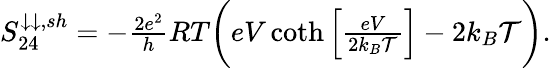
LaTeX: \begin{array}{r}{{S_{24}^{\downarrow\downarrow,sh}}={-\frac{2e^{2}}{h}RT\bigg(eV\coth\left[\frac{eV}{2k_{B}\mathcal{T}}\right]-2k_{B}\mathcal{T}\bigg)}.}\end{array}